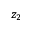
z _ { 2 }